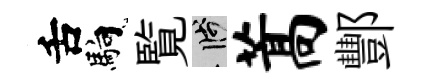
舌馿覧箋蒿酆